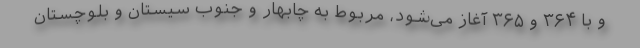
و با ۳۶۴ و ۳۶۵ آغاز می‌شود، مربوط به چابهار و جنوب سیستان و بلوچستان